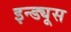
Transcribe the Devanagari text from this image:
इन्ड्यूस